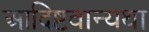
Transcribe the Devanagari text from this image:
आदिष्टवान्यथा